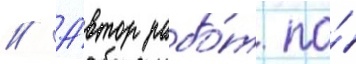
// А́втор рабо́т по́